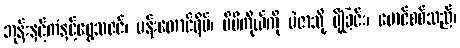
ဘုန်းနှင့်ကံနှင့်ရွှေသဇင်၊ မန်းတောင်ရိပ်၊ မိမိကိုယ်ကို မဲဇာသို့ ပို့ခြင်း၊ မောင်စစ်သည်၊